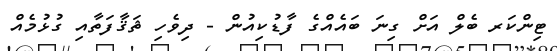
ޓިންކަރ ބެލް އަށް ގިނަ ބައެއްގެ ފާޑުކިއުން - ދިވެހި ޘަޤާފަތާއި ގުޅުމެއް